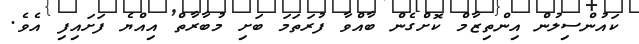
ކައުންސިލުން އިންތިޒާމް ކޮށްގެން ބާއްވާ ފުރަތަމަ ބަށި މުބާރާތް އިއްޔެ ފަށައިފި އެވެ.